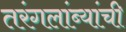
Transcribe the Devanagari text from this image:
तरंगलांब्यांची